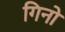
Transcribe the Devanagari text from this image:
गिनो